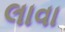
લાવા